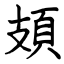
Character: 頍